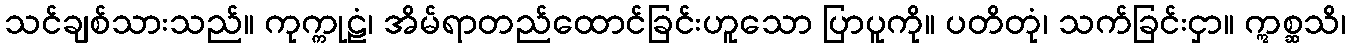
သင်ချစ်သားသည်။ ကုက္ကုဠံ၊ အိမ်ရာတည်ထောင်ခြင်းဟူသော ပြာပူကို။ ပတိတုံ၊ သက်ခြင်းငှာ။ ဣစ္ဆသိ၊